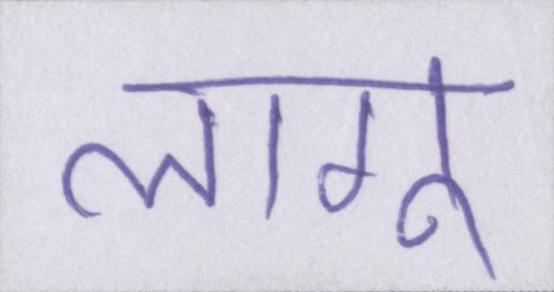
लागू